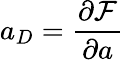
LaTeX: a_{D}=\frac{\partial\mathcal{F}}{\partial a}